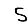
Digit: 5